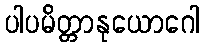
ပါပမိတ္တာနုယောဂေါ